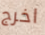
اخرج